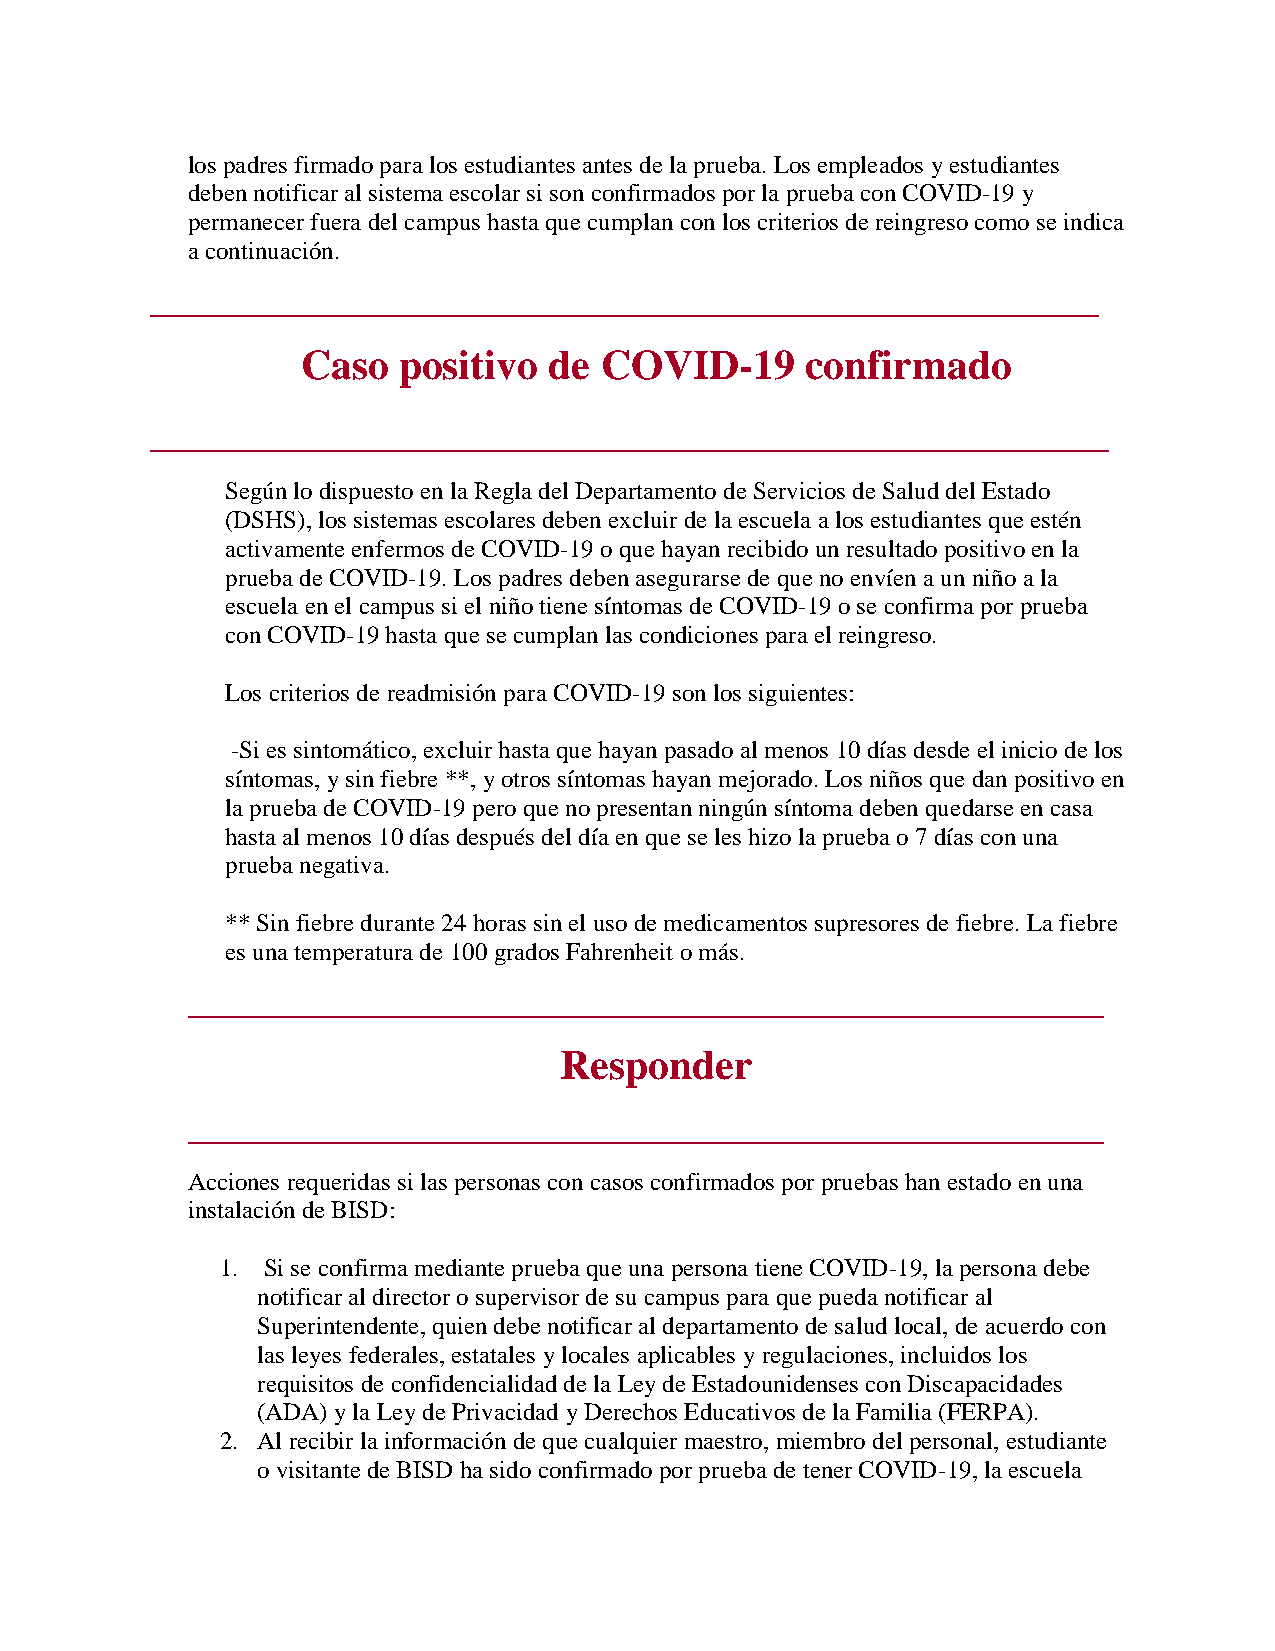
los padres firmado para los estudiantes antes de la prueba. Los empleados y estudiantes
 deben notificar al sistema escolar si son confirmados por la prueba con COVID-19 y
 permanecer fuera del campus hasta que cumplan con los criterios de reingreso como se indica
 a continuación.
 _________________________________________________________
 Caso  positivo  de  COVID-19     confirmado
 ______________________________________________
 Según lo dispuesto en la Regla del Departamento de Servicios de Salud del Estado
 (DSHS), los sistemas escolares deben excluir de la escuela a los estudiantes que estén
 activamente enfermos de COVID-19 o que hayan recibido un resultado positivo en la
 prueba de COVID-19. Los padres deben asegurarse de que no envíen a un niño a la
 escuela en el campus si el niño tiene síntomas de COVID-19 o se confirma por prueba
 con COVID-19 hasta que se cumplan las condiciones para el reingreso.
 Los criterios de readmisión para COVID-19 son los siguientes:
 -Si es sintomático, excluir hasta que hayan pasado al menos 10 días desde el inicio de los
 síntomas, y sin fiebre **, y otros síntomas hayan mejorado. Los niños que dan positivo en
 la prueba de COVID-19 pero que no presentan ningún síntoma deben quedarse en casa
 hasta al menos 10 días después del día en que se les hizo la prueba o 7 días con una
 prueba negativa.
 ** Sin fiebre durante 24 horas sin el uso de medicamentos supresores de fiebre. La fiebre
 es una temperatura de 100 grados Fahrenheit o más.
 _______________________________________________________
 Responder
 _______________________________________________________
 Acciones requeridas si las personas con casos confirmados por pruebas han estado en una
 instalación de BISD:
 1. Si se confirma mediante prueba que una persona tiene COVID-19, la persona debe
 notificar al director o supervisor de su campus para que pueda notificar al
 Superintendente, quien debe notificar al departamento de salud local, de acuerdo con
 las leyes federales, estatales y locales aplicables y regulaciones, incluidos los
 requisitos de confidencialidad de la Ley de Estadounidenses con Discapacidades
 (ADA) y la Ley de Privacidad y Derechos Educativos de la Familia (FERPA).
 2. Al recibir la información de que cualquier maestro, miembro del personal, estudiante
 o visitante de BISD ha sido confirmado por prueba de tener COVID-19, la escuela